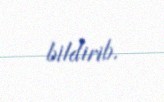
bildirib.